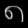
Digit: ၈